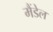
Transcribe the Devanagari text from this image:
मैंडेल